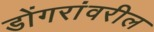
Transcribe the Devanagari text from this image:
डोंगरांवरील